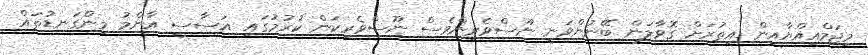
މިޖަމްއިއްޔާއިން އިތުރަށް ގޮވާލަން ބޭނުންވަނީ ނޫސްވެރިންވެސް ނޫސްވެރިކަން ކުރުމުގައި އަސާސީ އާންމު މިންގަނޑުތައް